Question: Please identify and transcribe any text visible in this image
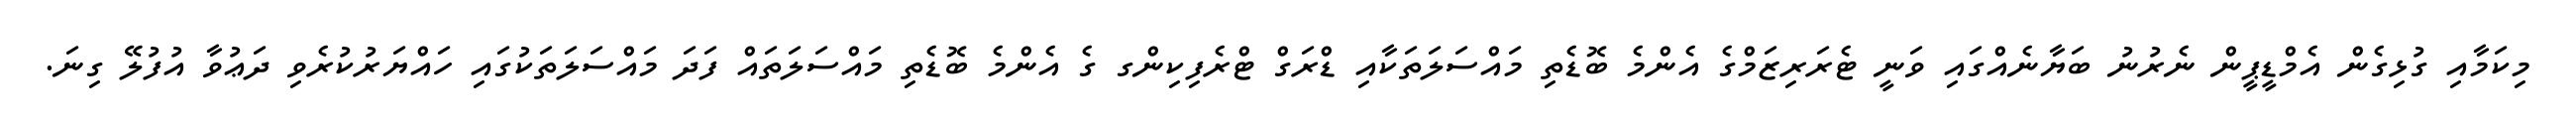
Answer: މިކަމާއި ގުޅިގެން އެމްޑީޕީން ނެރުނު ބަޔާނެއްގައި ވަނީ ޓެރަރިޒަމްގެ އެންމެ ބޮޑެތި މައްސަލަތަކާއި ޑްރަގް ޓްރެފިކިންގ ގެ އެންމެ ބޮޑެތި މައްސަލަތައް ފަދަ މައްސަލަތަކުގައި ހައްޔަރުކުރެވި ދަޢުވާ އުފުލޭ ގިނަ.